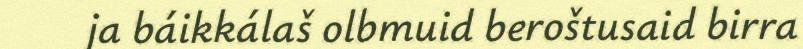
ja báikkálaš olbmuid beroštusaid birra